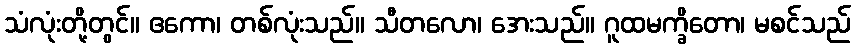
သံလုံးတို့တွင်။ ဧကော၊ တစ်လုံးသည်။ သီတလော၊ အေးသည်။ ဂူထမက္ခိတော၊ မစင်သည်